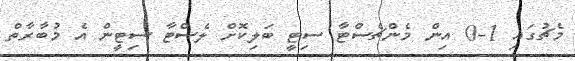
މެޗުގައި 1-0 އިން މެންޗެސްޓާ ސިޓީ ބަލިކޮށް ލެސްޓާ ސިޓީން އެ މުބާރާތް